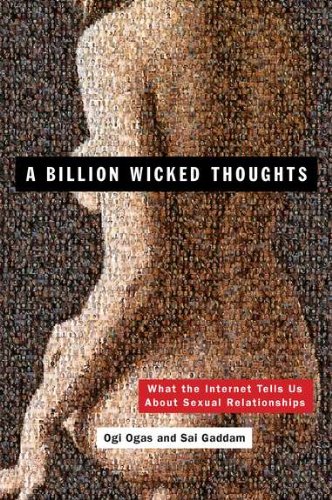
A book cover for A Billion Wicked Thoughts: What the Internet Tells Us About Sexual Relationships; Ogi Ogas; Medical Books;